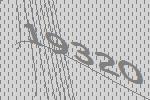
19320